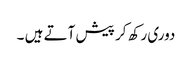
دوری رکھ کر پیش آتے ہیں ۔